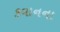
કવાનના